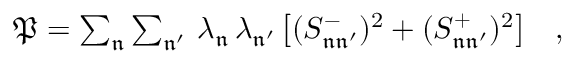
\begin{array} { r } { \mathfrak { P } = \sum _ { \mathfrak { n } } \sum _ { \mathfrak { n ^ { \prime } } } \, \lambda _ { \mathfrak { n } } \, \lambda _ { \mathfrak { n ^ { \prime } } } \, \big [ ( S _ { \mathfrak { n } \mathfrak { n ^ { \prime } } } ^ { - } ) ^ { 2 } + ( S _ { \mathfrak { n } \mathfrak { n ^ { \prime } } } ^ { + } ) ^ { 2 } \big ] \quad , } \end{array}